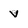
Character: v